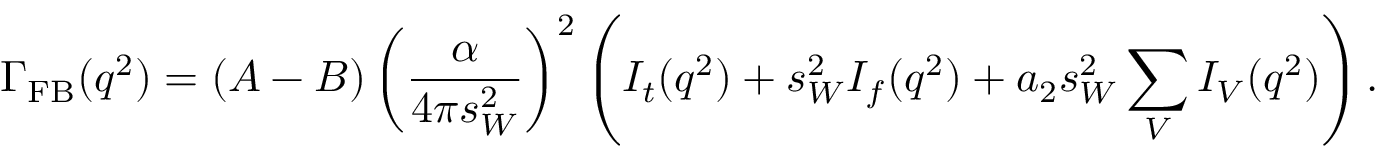
\displaystyle \Gamma _ { \mathrm { F B } } ( q ^ { 2 } ) = ( A - B ) \left( \frac \alpha { 4 \pi s _ { W } ^ { 2 } } \right) ^ { 2 } \left( I _ { t } ( q ^ { 2 } ) + s _ { W } ^ { 2 } I _ { f } ( q ^ { 2 } ) + a _ { 2 } s _ { W } ^ { 2 } \displaystyle \sum _ { V } I _ { V } ( q ^ { 2 } ) \right) .